Medical and sanitary report of the native army of Madras for the year
Year: 1878
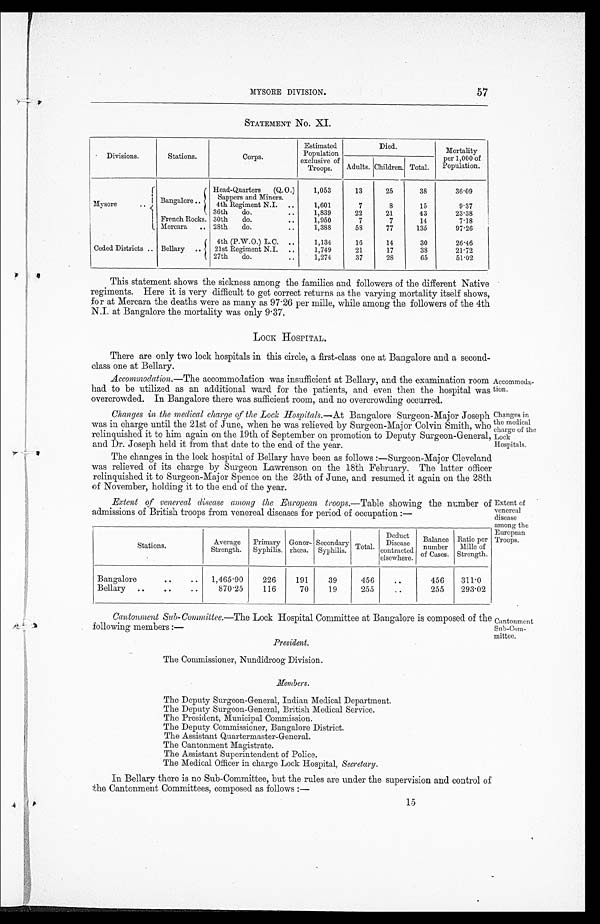
57
MYSORE DIVISION.
STATEMENT NO. XI.
Divisions.
Stations.
Corps.
Estimated
Population
exclusive of
excl
Troops.
Died.
Mortality
per 1,000 of
Population.
Adults. Children. Total.
Head-Quarters (Q.O.)
1,053
13
25
38
36.09
Mysore
Banbalore ..
Sappers and Miners .
4th Regiment N.I. ..
1,601
7
8
15
9.37
36th
do.
..
1,839
22
21
43
23.38
French Rocks. 30th
do.
..
1,950
7
7
14
7 . 1 8
Mercara .. 28th
do.
..
1,388
58
77
135
97.26
4th (P.W.O.) L.C. ..
1,134
16
14
30
26.46
Ceded Districts .. Bellary ..
21st Regiment N.I. ..
1,749
21
17
38
21.72
27th
do.
..
1,274
37
28
65
51.02
This statement shows the sickness among the families and followers of the different Native
regiments. Here it is very difficult to get correct returns as the varying mortality itself shows,
for at Mercara the deaths were as many as 97 . 26 per milk, while among the followers of the 4th
N.I. at Bangalore the mortality was only 9.37.
LOCK HOSPITAL.
There are only two lock hospitals in this circle, a first-class one at Bangalore and a second
-class one at Bellary.
Accommodation.— The accommodation was insufficient at Bellary, and the examination room Accommoda-
had to be utilized as an additional ward for the patients, and even then the hospital was tion.
overcrowded. In Bangalore there was sufficient room, and no overcrowding occurred.
Changes in.
the medical
charge of the
Lock
Hospitals.
Changes in the medical charge of the Lock Hospital.—A t B a n g a l o r e S u r g e o n - M a j o r J o s e p h
was in charge until the 21st of June, when he was relieved by Surgeon-Major Colvin Smith, who
relinquished it to him again on the 19th of September on promotion to Deputy Surgeon-General,
and Dr. Joseph held it from that date to the end of the year.
The changes in the lock hospital of Bellary have been as follows :—Surgeon-Major Cleveland
was relieved of its charge by Surgeon Lawrenson on the 18th February. The latter officer
relinquished it to Surgeon-Major Spence on the 25th of June, and resumed it again on the 28th
of November, holding it to the end of the year.
Extent of venereal disease among the European troops.—Table showing the number of
admissions of British troops from venereal diseases for period of occupation :—
Stations
Average
Strength.
Primary
Syphilis.
Gonor-
rhœa.
Secondary
Syphilis
Total.
Deduct
Disease
contracted
elsewhere.
Balance
number
of Cases.
Ratio per
Mille of
Strength.
Bangalore
..
..
Bellary ..
..
..
1,465.90
870.25
226
116
191
70
39
19
456
255
..
456
255
311.0
293.02
Extent of
venereal
disease
among the
European
Troops.
Cantonment Sub-Committee.—The Lock Hospital Committee at Bangalore is composed of the
following members :—
President.
The Commissioner, Nundidroog Division.
The Deputy Surgeon-General, Indian Medical Department.
The Deputy Surgeon-General, British Medical Service.
The President, Municipal Commission.
The Deputy Commissioner, Bangalore District.
The Assistant Quartermaster-General.
The Cantonment Magistrate.
The Assistant Superintendent of Police.
The Medical Officer in charge Lock Hospital, Secretary.
In Bellary there is no Sub-Committee, but the rules are under the supervision and control of
the Cantonment Committees, composed as follows :—
15
Cantonment
Sub-Coin-
mittee.